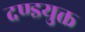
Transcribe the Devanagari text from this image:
दण्डयुक्त